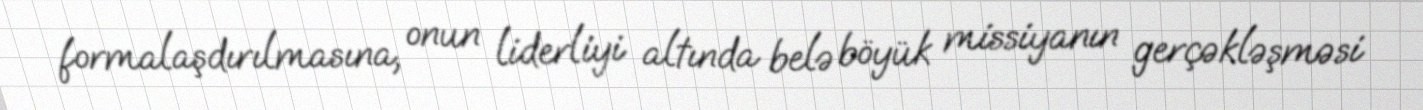
formalaşdırılmasına, onun liderliyi altında belə böyük missiyanın gerçəkləşməsi